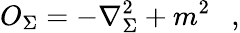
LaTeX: O_{\Sigma}=-\nabla_{\Sigma}^{2}+m^{2}~~~,